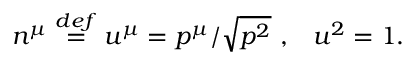
n ^ { \mu } \stackrel { d e f } { = } u ^ { \mu } = p ^ { \mu } / \sqrt { p ^ { 2 } } \mathrm { ~ , } \quad u ^ { 2 } = 1 \mathrm { . }